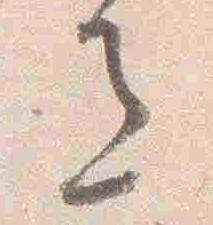
色